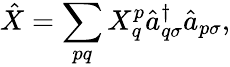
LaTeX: \hat{X}=\sum_{pq}X_{q}^{p}\hat{a}_{q\sigma}^{\dagger}\hat{a}_{p\sigma},